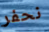
نحفر